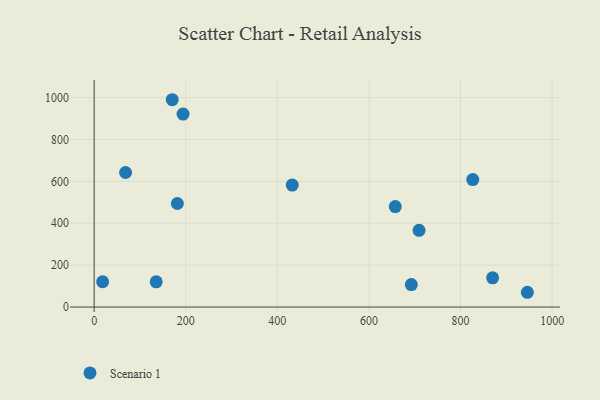
{"axis": {"x": "Experience", "y": "Yield"}, "legend": ["Scenario 1"], "data": [{"x": "170.5", "y": 989.8, "type": "Scenario 1"}, {"x": "68.6", "y": 642.4, "type": "Scenario 1"}, {"x": "181.7", "y": 494.4, "type": "Scenario 1"}, {"x": "945.9", "y": 70.6, "type": "Scenario 1"}, {"x": "194.1", "y": 921.4, "type": "Scenario 1"}, {"x": "18.5", "y": 120.8, "type": "Scenario 1"}, {"x": "692.5", "y": 107.4, "type": "Scenario 1"}, {"x": "432.5", "y": 582.3, "type": "Scenario 1"}, {"x": "826.7", "y": 608.5, "type": "Scenario 1"}, {"x": "135.5", "y": 120.6, "type": "Scenario 1"}, {"x": "870.0", "y": 139.6, "type": "Scenario 1"}, {"x": "657.4", "y": 479.9, "type": "Scenario 1"}, {"x": "709.4", "y": 366.1, "type": "Scenario 1"}]}